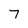
Character: 7